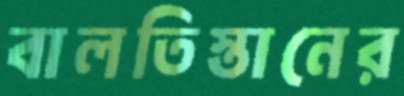
বালতিস্তানের